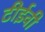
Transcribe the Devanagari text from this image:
टीईवी